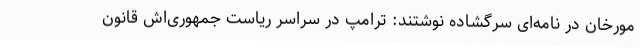
مورخان در نامه‌ای سرگشاده نوشتند: ترامپ در سراسر ریاست جمهوری‌اش قانون